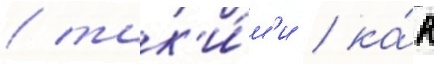
/ так'и́м'и / ка́к